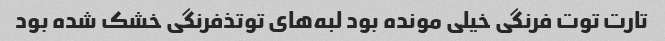
تارت توت فرنگی خیلی مونده بود لبه‌های توتذفرنگی خشک شده بود